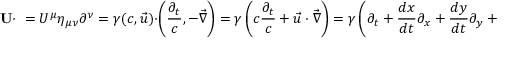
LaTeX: \mathbf { U } \cdot \mathbf { \partial } = U ^ { \mu } \eta _ { \mu \nu } \partial ^ { \nu } = \gamma ( c , { \vec { u } } ) \cdot \left( { \frac { \partial _ { t } } { c } } , - { \vec { \nabla } } \right) = \gamma \left( c { \frac { \partial _ { t } } { c } } + { \vec { u } } \cdot { \vec { \nabla } } \right) = \gamma \left( \partial _ { t } + { \frac { d x } { d t } } \partial _ { x } + { \frac { d y } { d t } } \partial _ { y } + { \frac { d z } { d t } } \partial _ { z } \right) = \gamma { \frac { d } { d t } } = { \frac { d } { d \tau } }